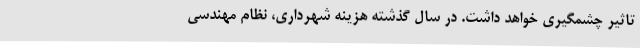
تاثیر چشمگیری خواهد داشت. در سال گذشته هزینه شهرداری، نظام مهندسی